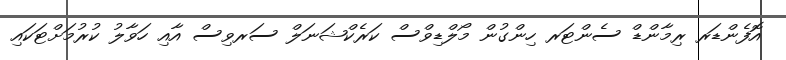
އޮފެންޑަރ ރިމާންޑް ސެންޓަރ ހިންގުން މޯލްޑިވްސް ކަރެކްޝަނަލް ސަރވިސް އާއި ހަވާލު ކުރުމަށްޓަކައި